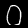
Label: 0